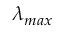
\lambda _ { m a x }